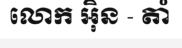
លោក អ៊ិន - តាំ